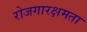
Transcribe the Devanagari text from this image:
रोजगारक्षमता